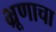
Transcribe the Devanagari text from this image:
भ्रूणाचा